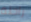
راحلة